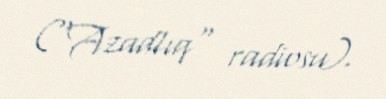
("Azadlıq" radiosu).